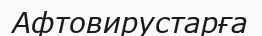
Афтовирустарға